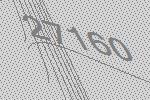
27160